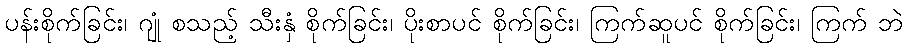
ပန်းစိုက်ခြင်း၊ ဂျုံ စသည့် သီးနှံ စိုက်ခြင်း၊ ပိုးစာပင် စိုက်ခြင်း၊ ကြက်ဆူပင် စိုက်ခြင်း၊ ကြက် ဘဲ